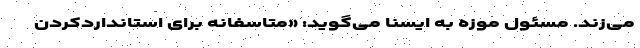
می‌زند. مسئول موزه به ایسنا می‌گوید: «متاسفانه برای استانداردکردن